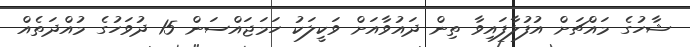
ޝާހުގެ މައްޗަށް އުފުލާފައިވާ ތިން ދައުވާއަށް ވަކީލަކު ހަމަޖައްސަން 15 ދުވަހުގެ މުއްދަތެއް